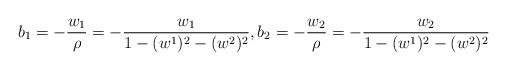
LaTeX: \begin{align*}b_1 = - \frac{w_1}{\rho} = - \frac{w_1}{1 - (w^1)^2 - (w^2)^2},b_2 = - \frac{w_2}{\rho} = - \frac{w_2}{1 - (w^1)^2 - (w^2)^2}\end{align*}